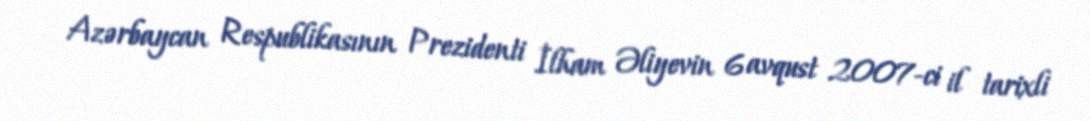
Azərbaycan Respublikasının Prezidenti İlham Əliyevin 6 avqust 2007-ci il tarixli